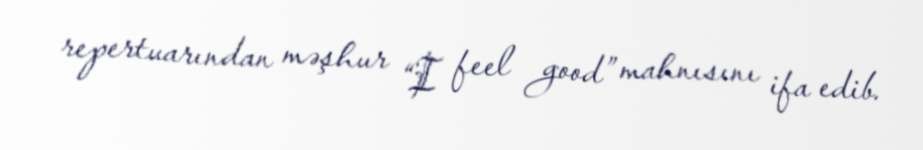
repertuarından məşhur “I feel good” mahnısını ifa edib.